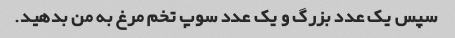
سپس یک عدد بزرگ و یک عدد سوپ تخم مرغ به من بدهید.